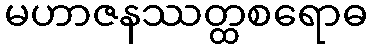
မဟာဇနဿတ္ထစရောဓ